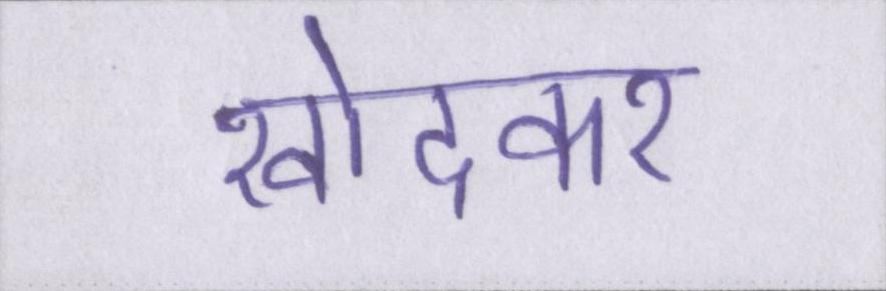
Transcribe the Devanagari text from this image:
खोदकर